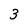
Character: 3